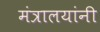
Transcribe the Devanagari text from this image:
मंत्रालयांनी